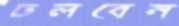
ঢলবেন